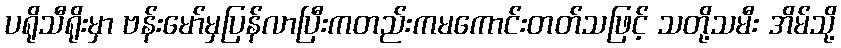
ပရိုသီရိုးမှာ ဗန်းမော်မှပြန်လာပြီးကတည်းကမကောင်းတတ်သဖြင့် သတို့သမီး အိမ်သို့